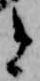
と